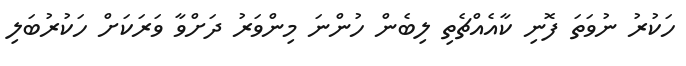
ހަކުރު ނުވަތަ ފޮނި ކާއެއްޗެތި ލިބެން ހުންނަ މިންވަރު ދަށްވާ ވަރަކަށް ހަކުރުބަލި